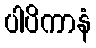
ပါပိကာနံ